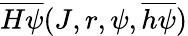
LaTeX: \overline{{H\psi}}(J,r,\psi,\overline{{h\psi}})